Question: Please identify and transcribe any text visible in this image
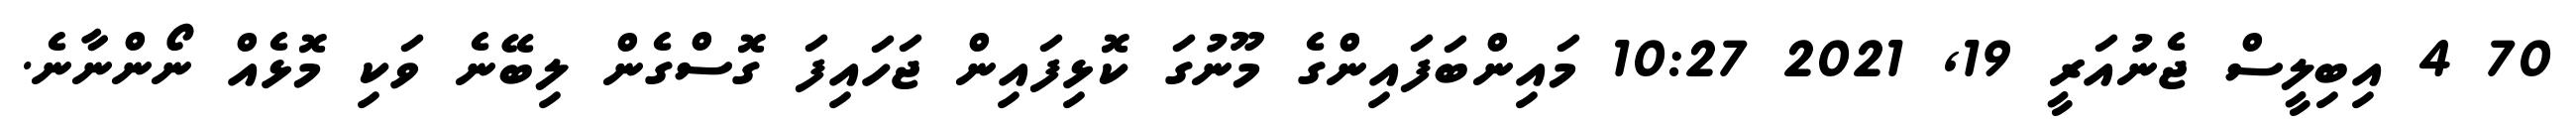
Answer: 70 4 އިބިލީސް ޖެނުއަރީ 19, 2021 10:27 މައިންބަފައިންގެ މޫނުގަ ކޮޅިފައިން ޖަހައިފަ ގޮސްގެން ލިބޭނެ ވަކި މޮޅެއް ނޯންނާނެ.